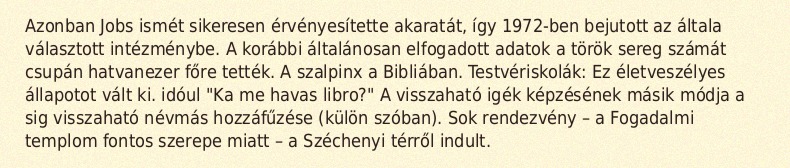
Azonban Jobs ismét sikeresen érvényesítette akaratát, így 1972-ben bejutott az általa választott intézménybe. A korábbi általánosan elfogadott adatok a török sereg számát csupán hatvanezer főre tették. A szalpinx a Bibliában. Testvériskolák: Ez életveszélyes állapotot vált ki. idóul "Ka me havas libro?" A visszaható igék képzésének másik módja a sig visszaható névmás hozzáfűzése (külön szóban). Sok rendezvény – a Fogadalmi templom fontos szerepe miatt – a Széchenyi térről indult.